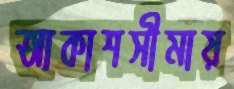
আকাশসীমায়